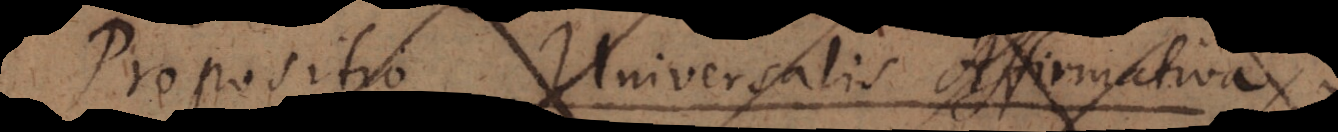
propositio Universalis affirmativa: